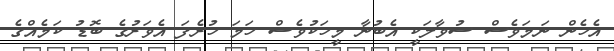
އެހެން ނަމަވެސް ސުވާލަކީ އެބުނާ މީހަކުވެސް ހަމަ ހުރެފަ އެވަރުގެ ބޮޑު ކަމެއްގެ